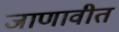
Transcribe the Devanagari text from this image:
जाणावीत